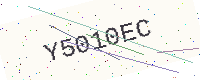
Text: Y5010EC